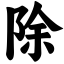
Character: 除